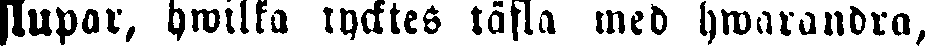
slupar, hwilka tycktes täfla med hwarandra,